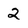
Character: 2